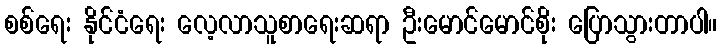
စစ်ရေး နိုင်ငံရေး လေ့လာသူစာရေးဆရာ ဦးမောင်မောင်စိုး ပြောသွားတာပါ။